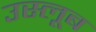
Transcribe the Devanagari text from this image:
उस्लूब